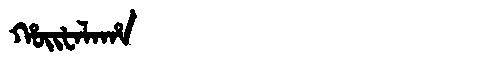
Manchu: ᡥᠣᡳᡶᠠᠯᠠᡥᠠ
Romanization: HOIFALAHA